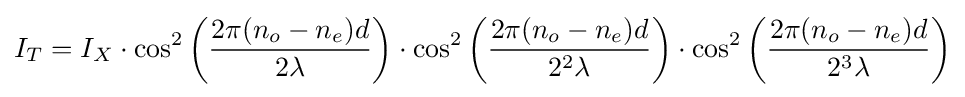
I_{T}=I_{X}\cdot \operatorname {cos} ^{2}\left({\frac {2\pi (n_{o}-n_{e})d}{2\lambda }}\right)\cdot \operatorname {cos} ^{2}\left({\frac {2\pi (n_{o}-n_{e})d}{2^{2}\lambda }}\right)\cdot \operatorname {cos} ^{2}\left({\frac {2\pi (n_{o}-n_{e})d}{2^{3}\lambda }}\right)